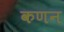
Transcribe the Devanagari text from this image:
कणन